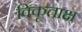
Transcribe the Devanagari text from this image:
विकृताक्ष